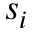
s _ { i }